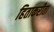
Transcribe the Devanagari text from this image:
हिताकरीता